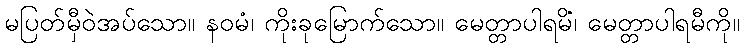
မပြတ်မှီဝဲအပ်သော။ နဝမံ၊ ကိုးခုမြောက်သော။ မေတ္တာပါရမိံ၊ မေတ္တာပါရမီကို။